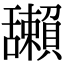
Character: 𦧺